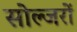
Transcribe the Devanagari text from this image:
सोल्जरों